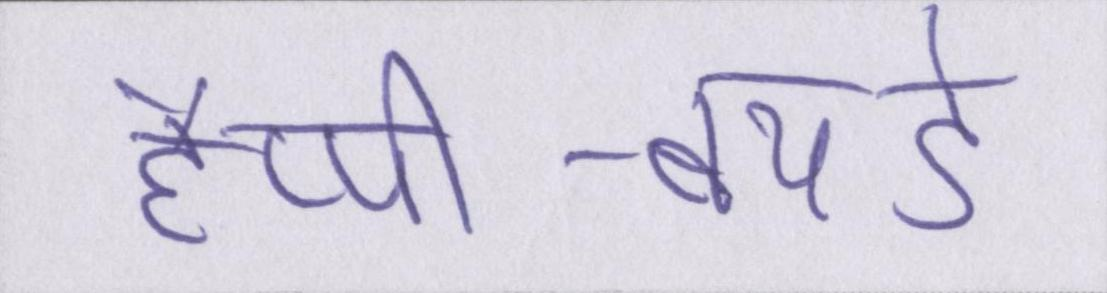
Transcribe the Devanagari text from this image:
हैप्पी-बर्थडे